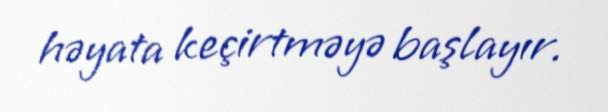
həyata keçirtməyə başlayır.